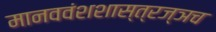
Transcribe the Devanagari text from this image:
मानववंशशास्त्रज्ञच